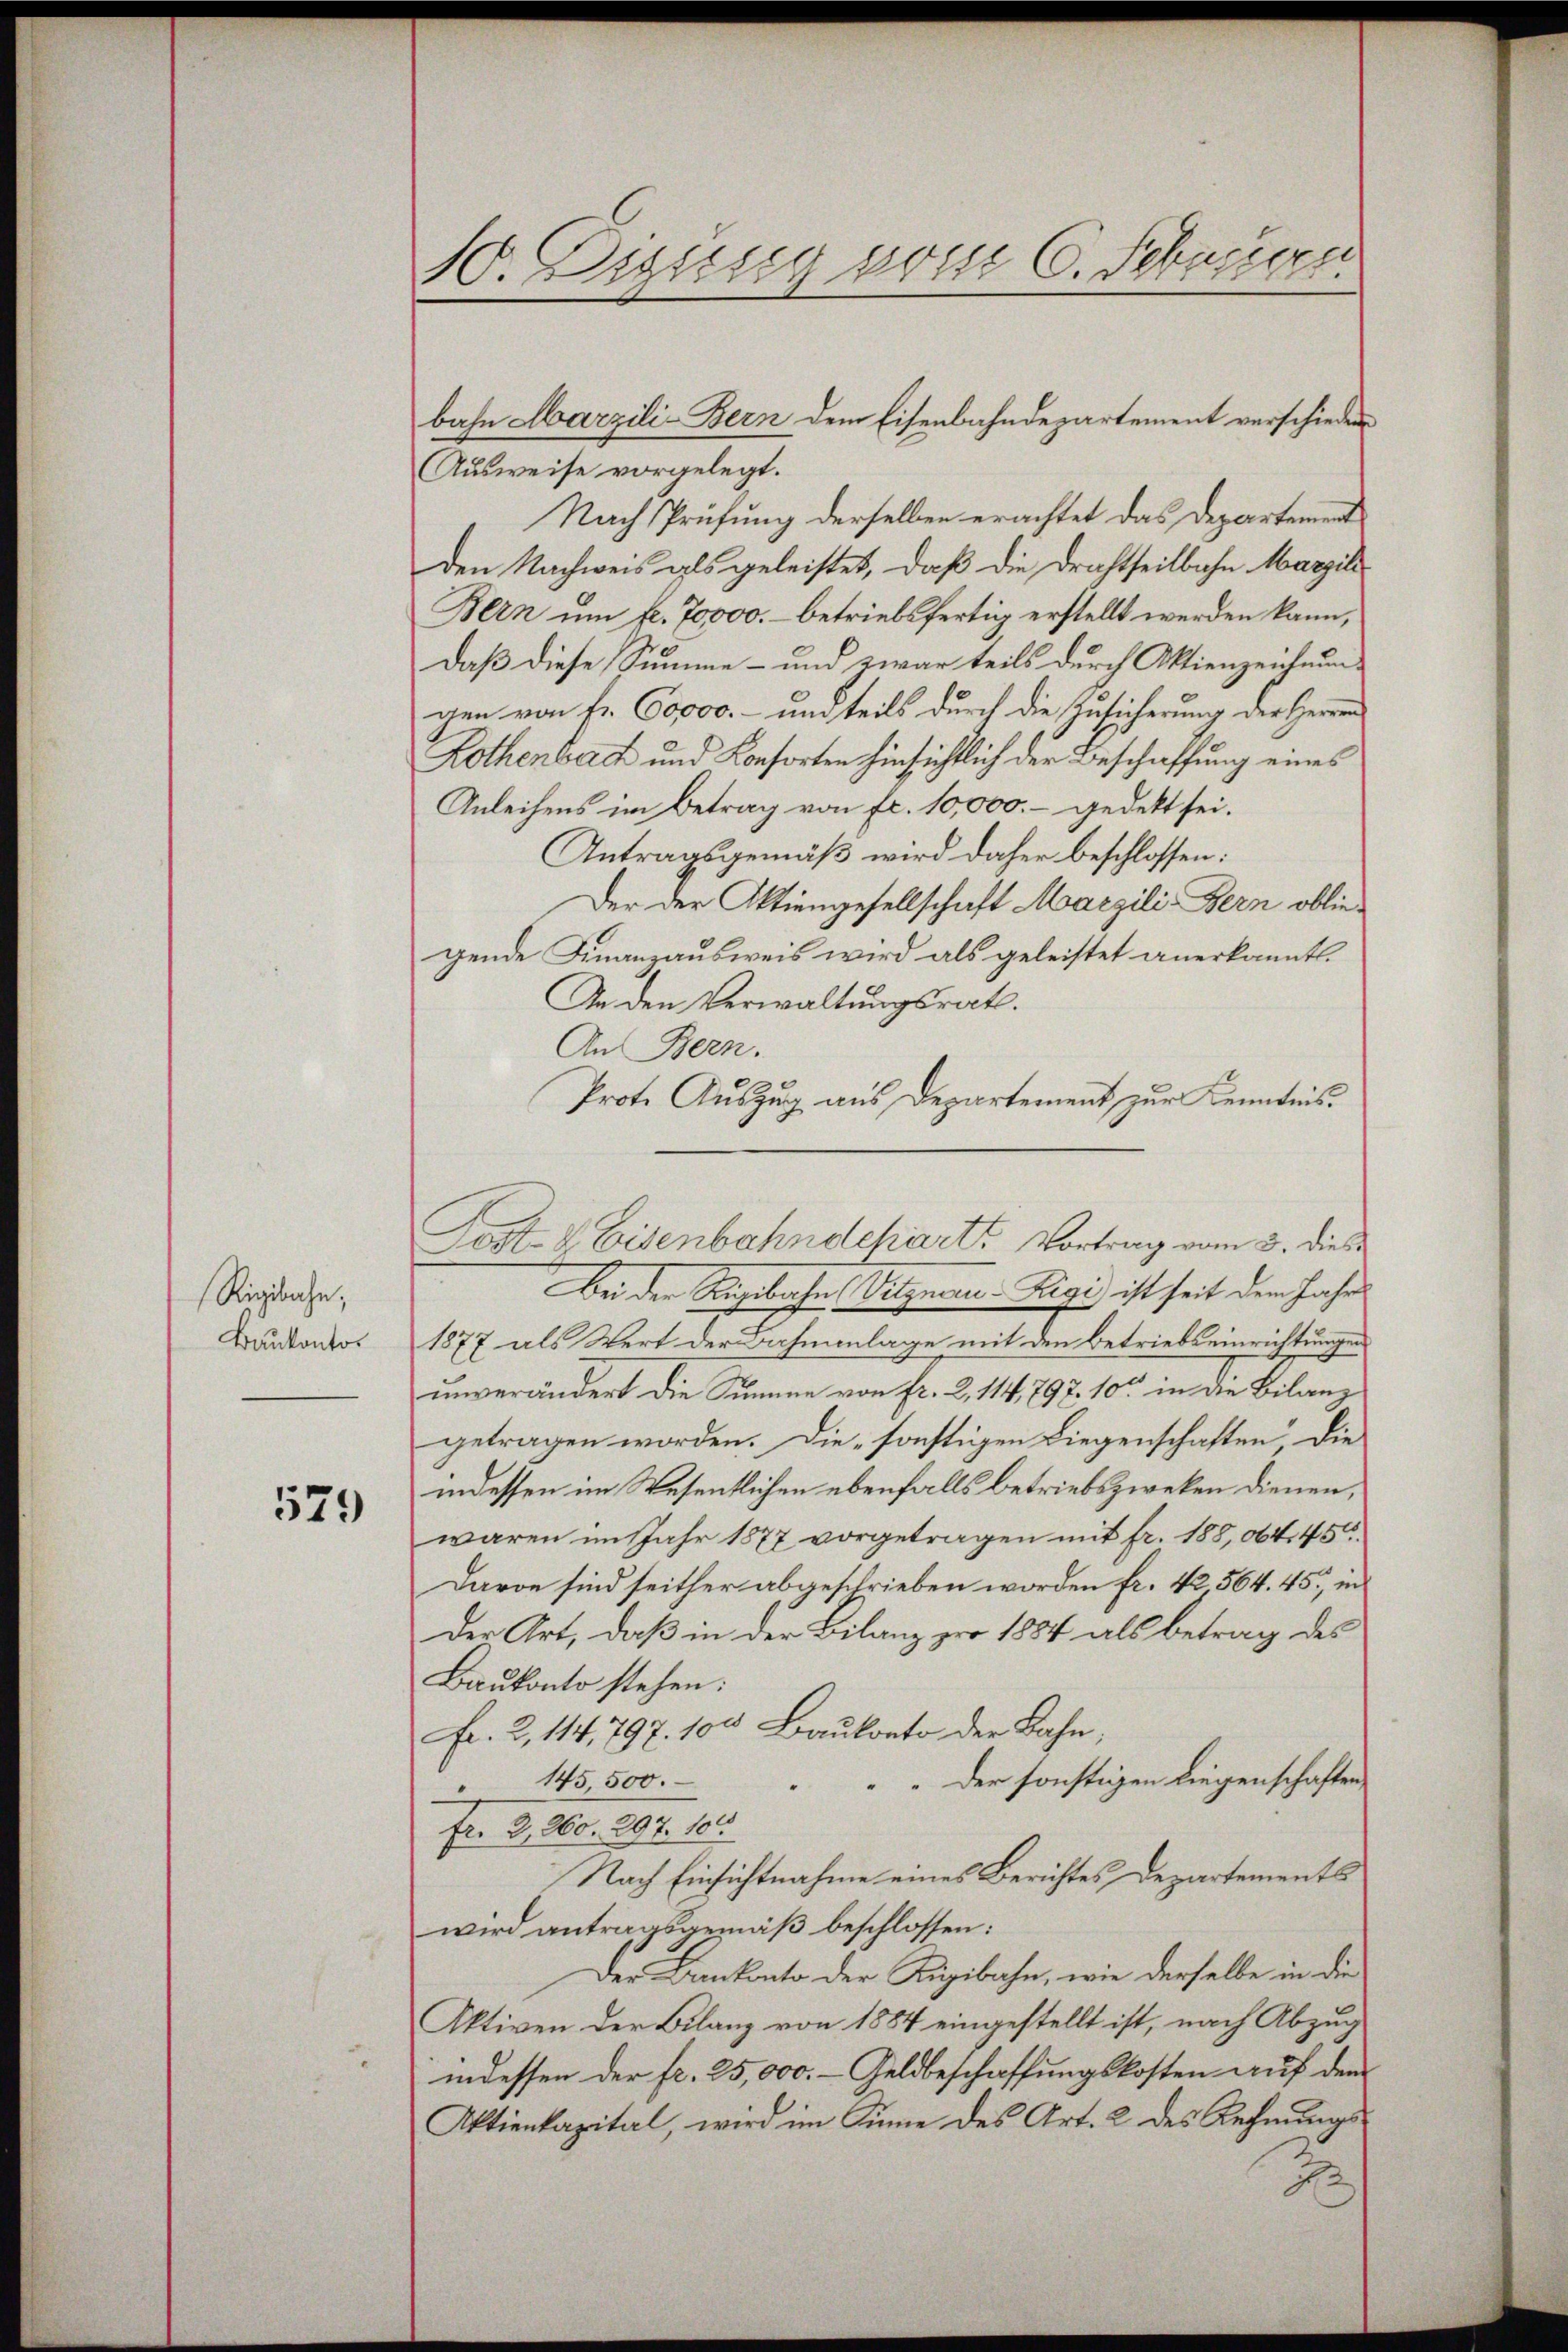
Rigibahn,
Baukonto

579

1. Zeung vom 6. Februar

Ausweise vorgelegt.
Nach Prüfung derselben erachtet das Departement
Den Nachweis als geleistet, daß die Drahtheilbahn Marzili
Bern um fl. 70000.- betriebsfertig erstellt werden kann,
Daß diese Summe – und zwar teils durch Aktienzeichnungen von Fr. 60000.- und teils durch die Zusicherung der Herren
Rothenbach und Konsorten hinsichtlich der Beschaffung eines
Anleihens im Betrag von fr. 10,000.- gedekt sei.
Antragsgemäß wird daher beschlossen:
Der der Aktiengesellschaft Marzili-Bern obliegende Finanzausweis wird als geleistet anerkannt.
In den Verwaltungsrath.
An Bern.
Prote Auszug aus Departement zur Kenntnis.
Bei der Rigibahn (Vitznau: Rigi ist seit dem Jahr
1877 als Wert der Bahnanlage mit den Betriebseinrichtungen
unverändert die Summe von fr. 2, 114, 797. 10 in die Bilanzgetragen worden. Die sonstigen Liegenschaften die
indessen im Wesentlichen ebenfalls betriebszwecken dienen,
waren im Jahr 1877 vorgetragen mit fr. 188, 064. 45
Davon sind seither abgeschrieben worden fr. 42 564. 45, in
Der Art, daß in der Bilanz pro 1884 als betrag des
Baukonto stehen:
Fr. 2, 114, 797. 100 Baukonto der Bahn,
" Der sonstigen Liegenschaften,
" 145 500.
Fr. 3, 260. 297. 100.
Nach Einsichtnahme eines Berichtes Departements
wird antragsgemäß beschlossen:
Der Bankonto der Rigibahn, wie derselbe in die
Aktiven der Bilanz von 1884 eingestellt ist, nach Abzug
indessen der fr. 25,000.- Geldbeschaffungskosten auf dem
Aktienkapital, wird im Sinne des Art. 2 des Rechnungsg

bahn Marzili-Bern dem Eisenbahndepartement verschieden

Post- & Eisenbahndepart. Vortrag vom 3. dies